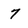
Character: 7